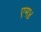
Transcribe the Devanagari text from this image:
एम४